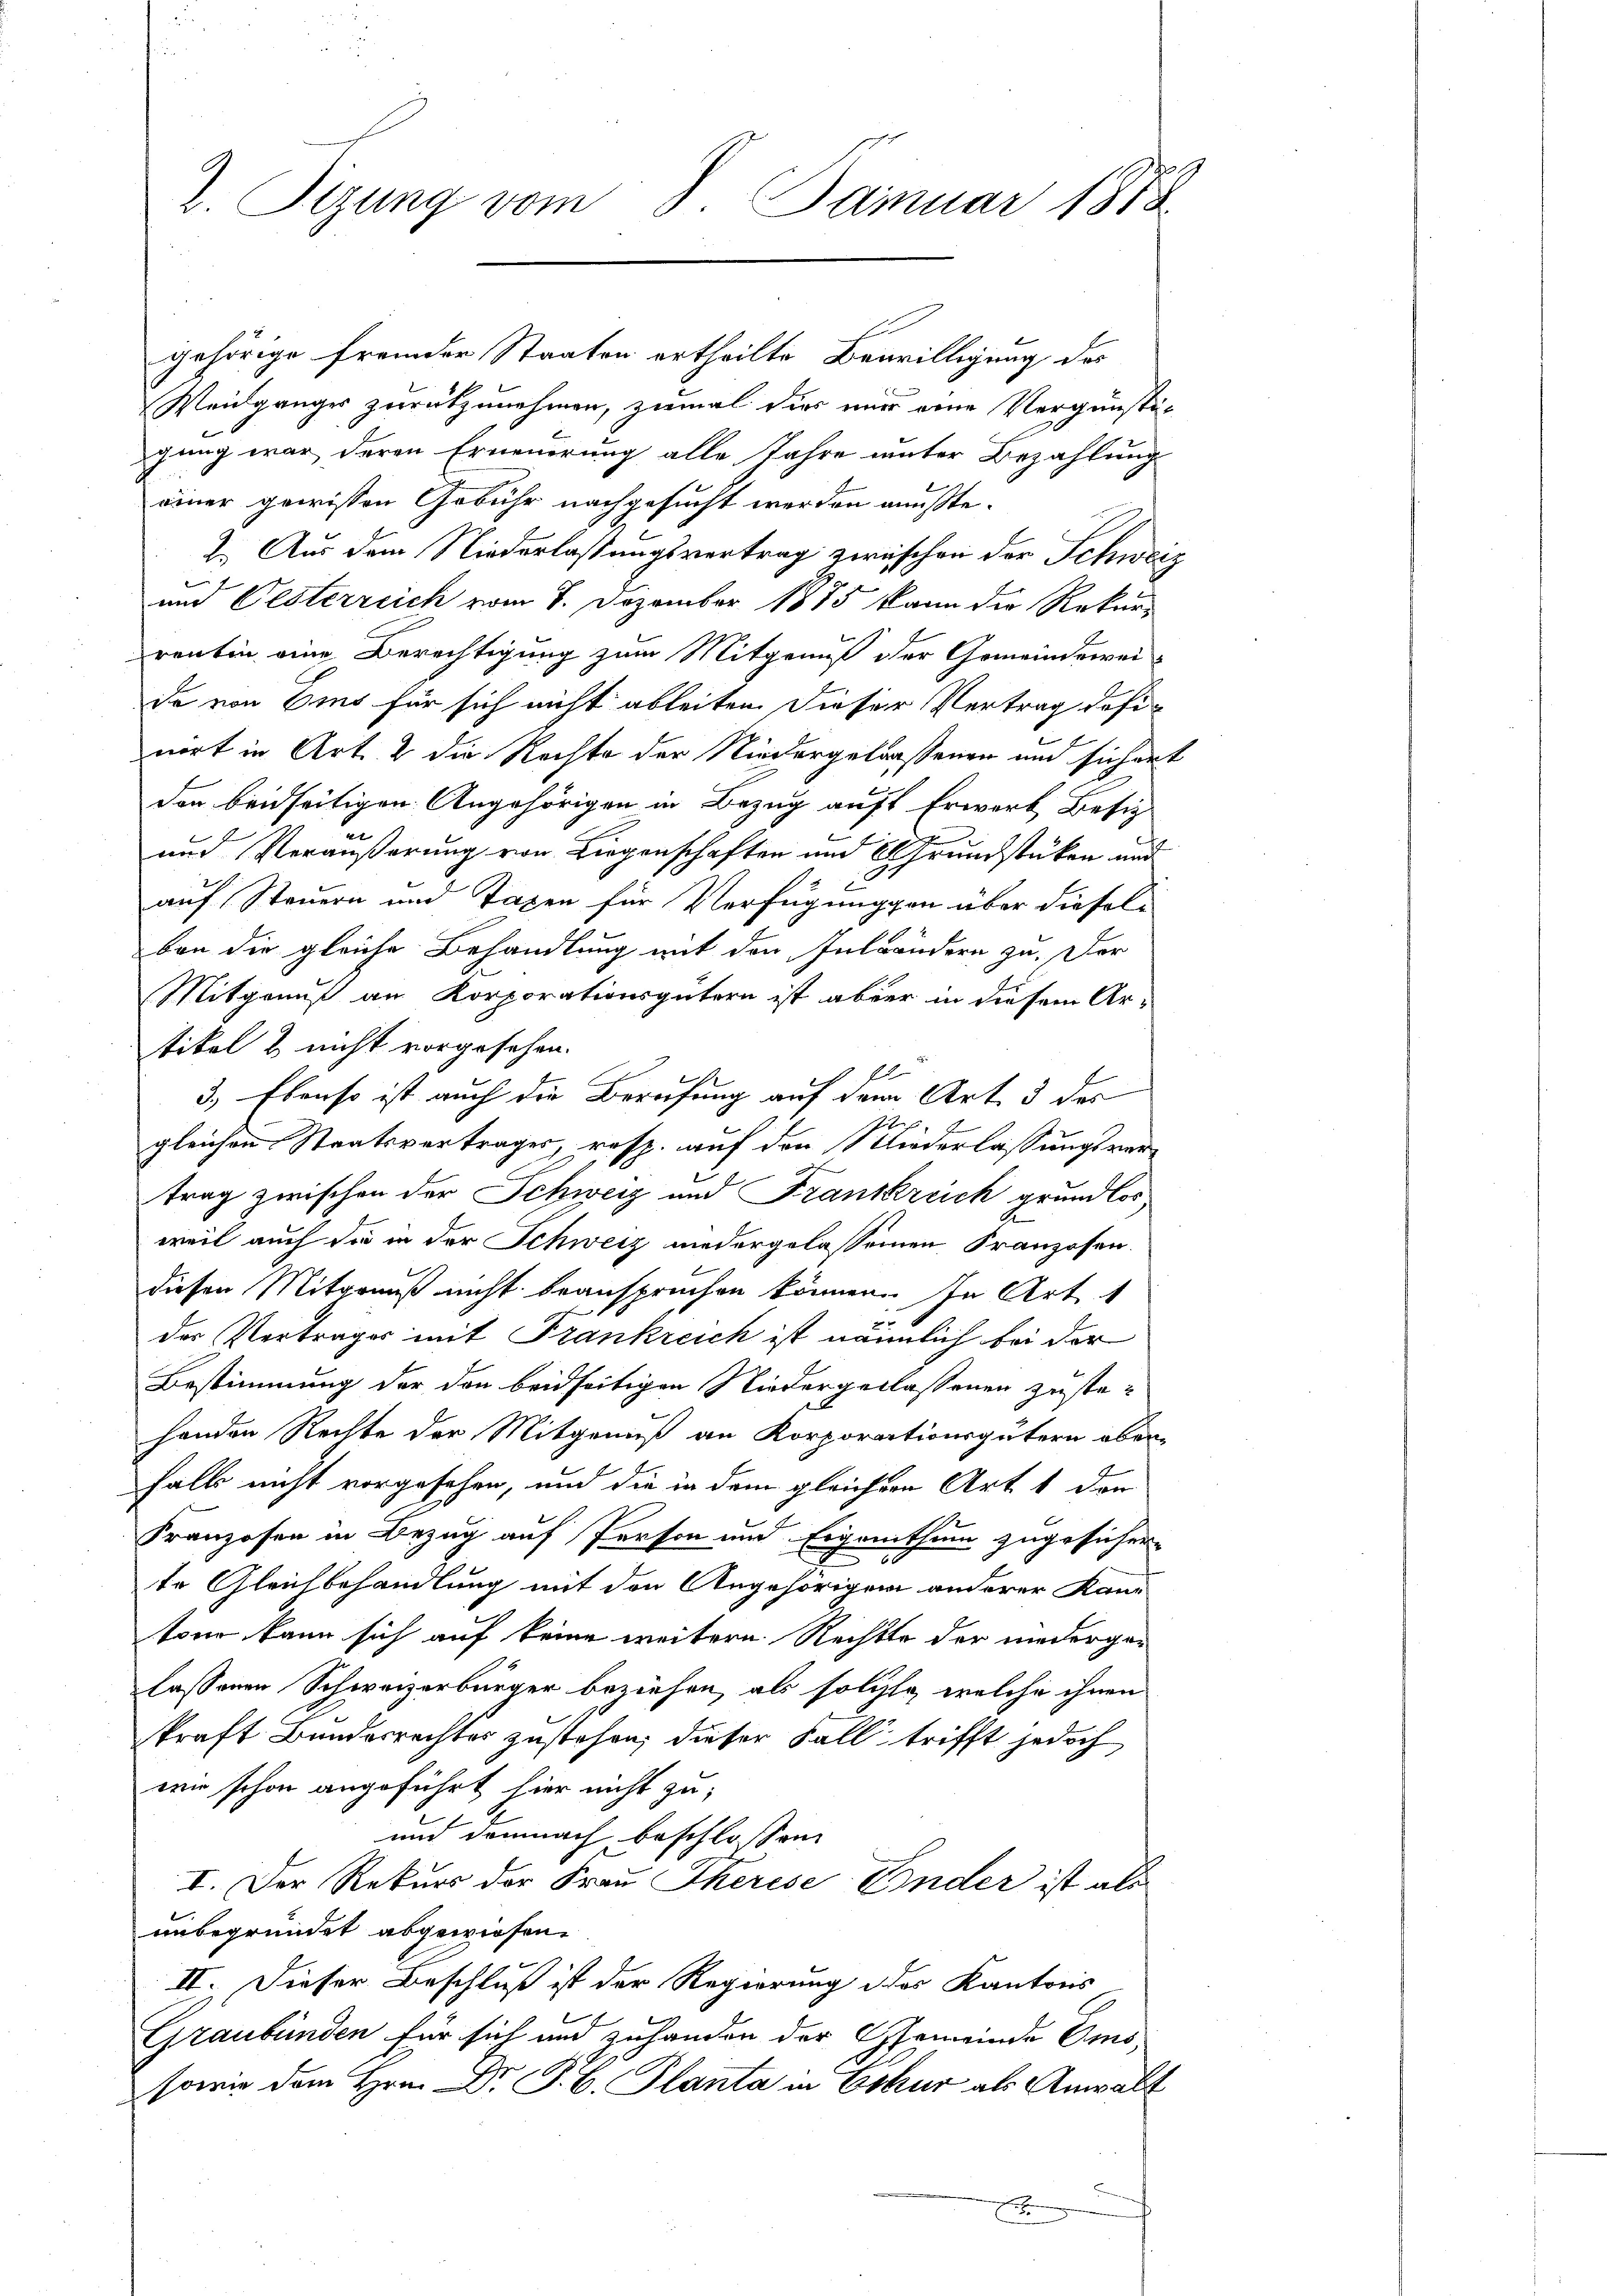
2. Sizung vom 8. Januar 1873

gehörige fremder Staaten ertheilte Bewilligung des
Weidganges zurückzunehmen, zumal dies nur eine Vergünstig
gung war deren Erneuerung alle Jahre unter Bezahlung
einer gewissen Gebühr nachgesucht werden mußte.
2. Aus dem Niederlassungsvertrag zwischen der Schwei
und Oesterreich vom 8. Dezember 1875 kann die Rekur-
rentin eine Berechtigung zum Mitgenuß der Gemeindewei
de von Eis für sich nicht ableiten dieser Vertrag dahin
wort in Art. 2 die Rechte der Niedergelassenen und sichert
den beidseitigen Angehörigen in Bezug auf Erwart Besiz

und Veräußerung von Liegenschaften und Grundstücken und
auf Steuern und Taxen für Verfügungen über dieselben die gleiche Behandlung mit den Inländern zu. Der
Mitgenuß an Korporationsgütern ist aber in diesem Ar-
tikel & nicht vorgesehen.
22
3.) Ebenso ist auch die Berufung auf dem Art. 3 des
f 6 x
gleichen Staatsvertrages, resp. auf den 11 Unterlassungsvertrag zwischen der Schweiz und Frankkreich grundlos
weil auch sie in der Schweiz niedergelassenen Franzosen.
diesen Mitgenuß nicht beanspruchen können. In Art. 1
x
der Vertrages mit Frankreich ist nämmlich bei der
Bestimmung der den beidseitigen Niedergerlassenen zustehanden Rechte der Mitgenuß an Korporationsgütern oberhalb nicht vorgesehen, und die in dem gleichern Art. 1 den
Franzosen in Bezug auf Person und Eigenthum zugesicher-
te Gleichbehandlung mit den Angehörigen anderer Kan-
toer kann sich auf keine weitern Rechte der niedergelassenen Schweizerbürger beziehen, als solchen, welche ihnen
kraft Bundesrechtes zustehen, dieser Fall trifft jedoch
wn schon angeführt hier nicht zu;
und demnach beschlossen
I. Der Rekurs der Frau Therese Ender ist als
unbegründet abgewiesen.
II. Dieser Beschluß ist der Regierung des Kantons
Graubünden für sich und zuhanden der Gemeinde Ems,
sowie dem Hrn. Dr J. C. Planta in Eskur als Anwalt
x